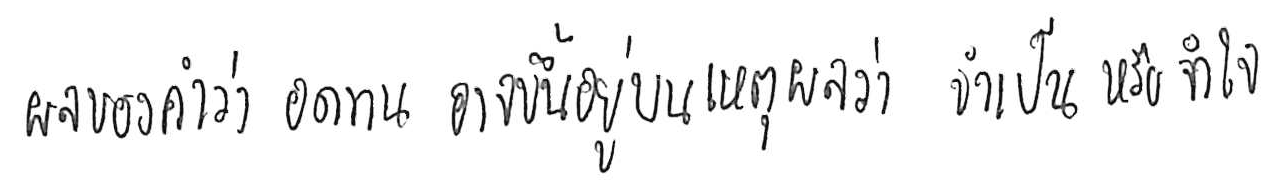
ผลของคำว่า อดทน อาจขึ้นอยู่บนเหตุผลว่า จำเป็น หรือ จำใจ